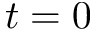
t = 0